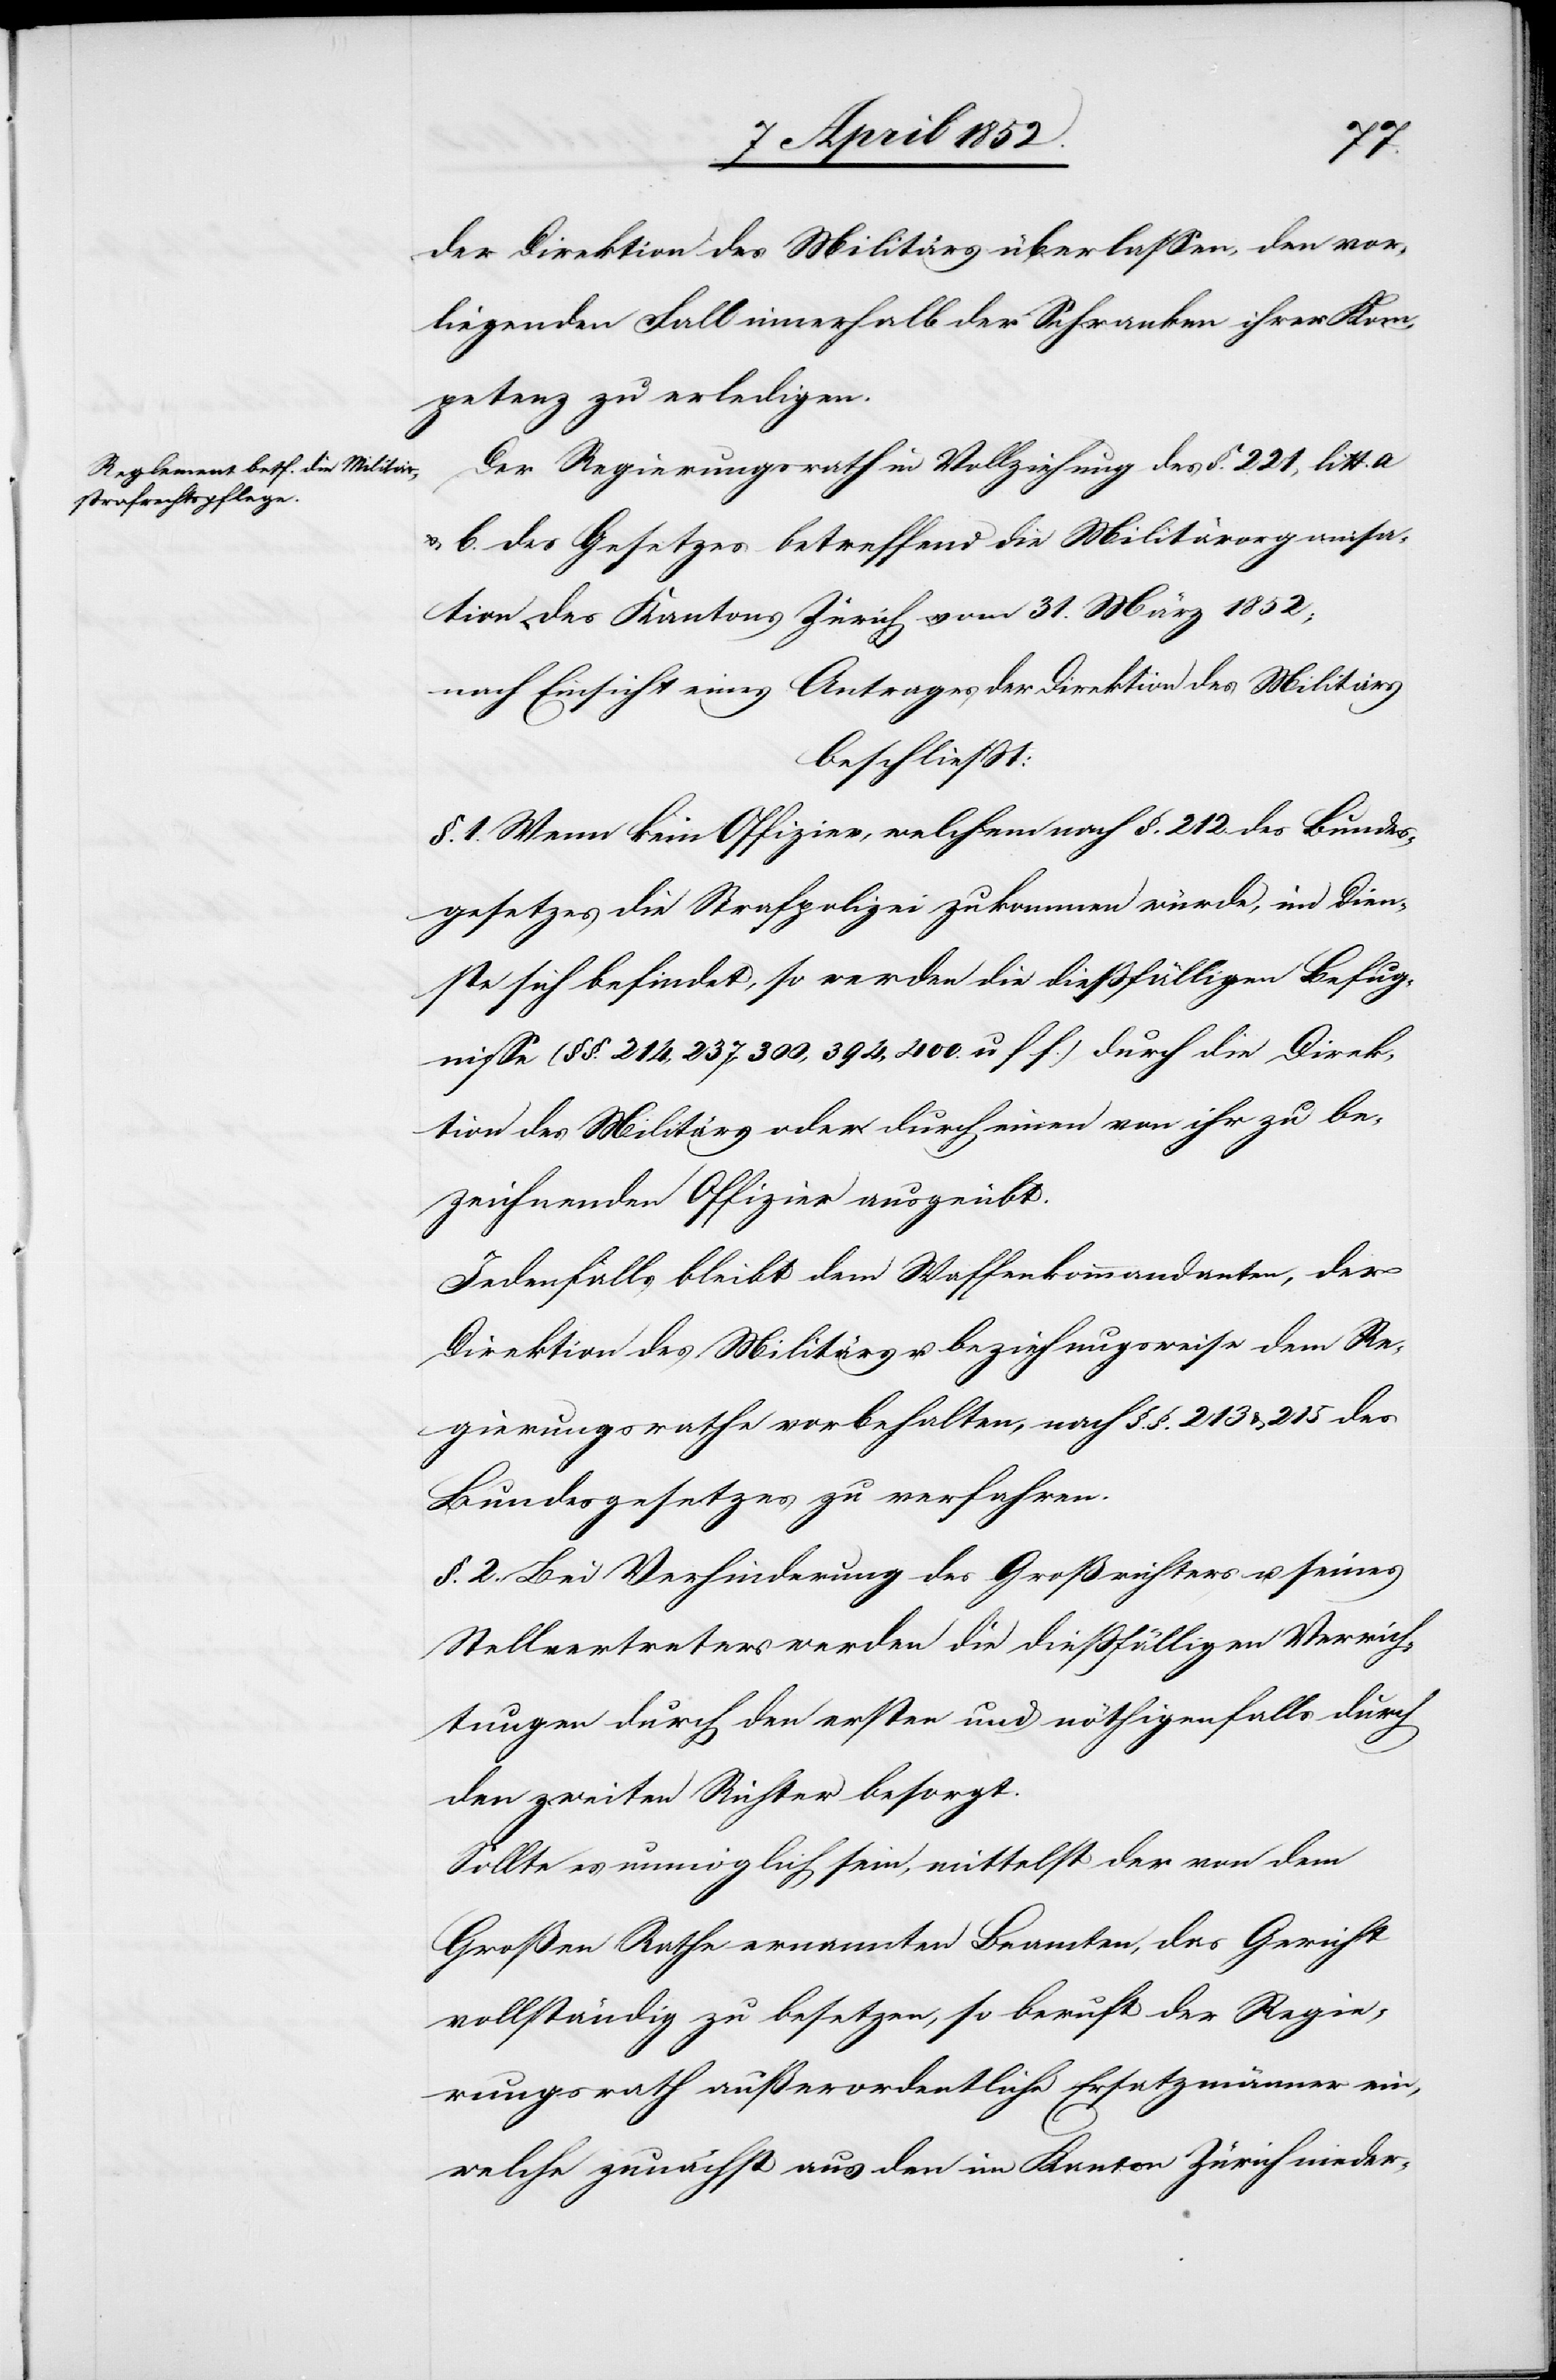
der Direktion des Militärs überlassen, den vor¬
liegenden Fall innerhalb der Schranken ihrer Kom¬
petenz zu erledigen.
Der Regierungsrath in Vollziehung des §. 221, litt. a
& b. des Gesetzes betreffend die Militärorganisa¬
tion des Kantons Zürich vom 31. März 1852;
nach Einsicht eines Antrages der Direktion des Militärs
beschliesst:
§. 1. Wenn kein Offizier, welchem nach §. 212. des Bundes¬
gesetzes die Strafpolizei zukommen würde, im Dien¬
ste sich befindet, so werden die diessfälligen Befug¬
nisse (§§. 214, 237, 300, 394, 400. u s f.) durch die Direk¬
tion des Militärs oder durch einen von ihr zu be¬
zeichnenden Offizier ausgeübt.
Jedenfalls bleibt dem Waffenkommandanten, der
Direktion des Militärs u. beziehungsweise dem Re¬
gierungsrathe vorbehalten, nach §.§. 213 & 215 des
Bundesgesetzes zu verfahren.
§. 2. Bei Verhinderung des Großrichters u. seines
Stellvertreters werden die diessfälligen Verrich¬
tungen durch den ersten und nöthigenfalls durch
den zweiten Richter besorgt.
Sollte es unmöglich sein, mittelst der von dem
Großen Rathe ernannten Beamten, das Gericht
vollständig zu besetzen, so beruft der Regie¬
rungsrath außerordentliche Ersatzmänner ein,
welche zunächst aus den im Kanton Zürich nieder-